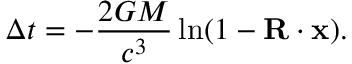
\Delta t = - { \frac { 2 G M } { c ^ { 3 } } } \ln ( 1 - \mathbf { R } \cdot \mathbf { x } ) .